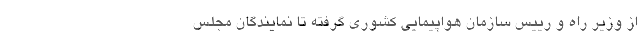
از وزیر راه و رییس سازمان هواپیمایی کشوری گرفته تا نمایندگان مجلس